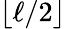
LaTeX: \lfloor\ell/2\rfloor